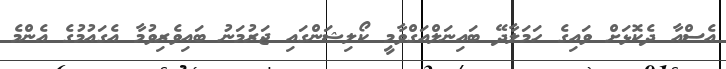
އެސްއާ ދެކޮޅަށް ވައިގެ ހަމަލާދޭ ބައިނަލްއަގްވާމީ ކޯލިޝަންގައި ޖަރުމަނު ބައިވެރިވުމާ އެގައުމުގެ އެންމެ